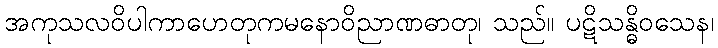
အကုသလဝိပါကာဟေတုကမနောဝိညာဏဓာတု၊ သည်။ ပဋိသန္ဓိဝသေန၊